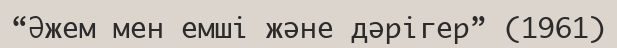
“Әжем мен емші және дәрігер” (1961)